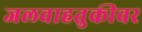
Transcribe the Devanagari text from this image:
जलवाहतुकीवर